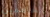
الخاطفين